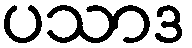
ပသာဒ